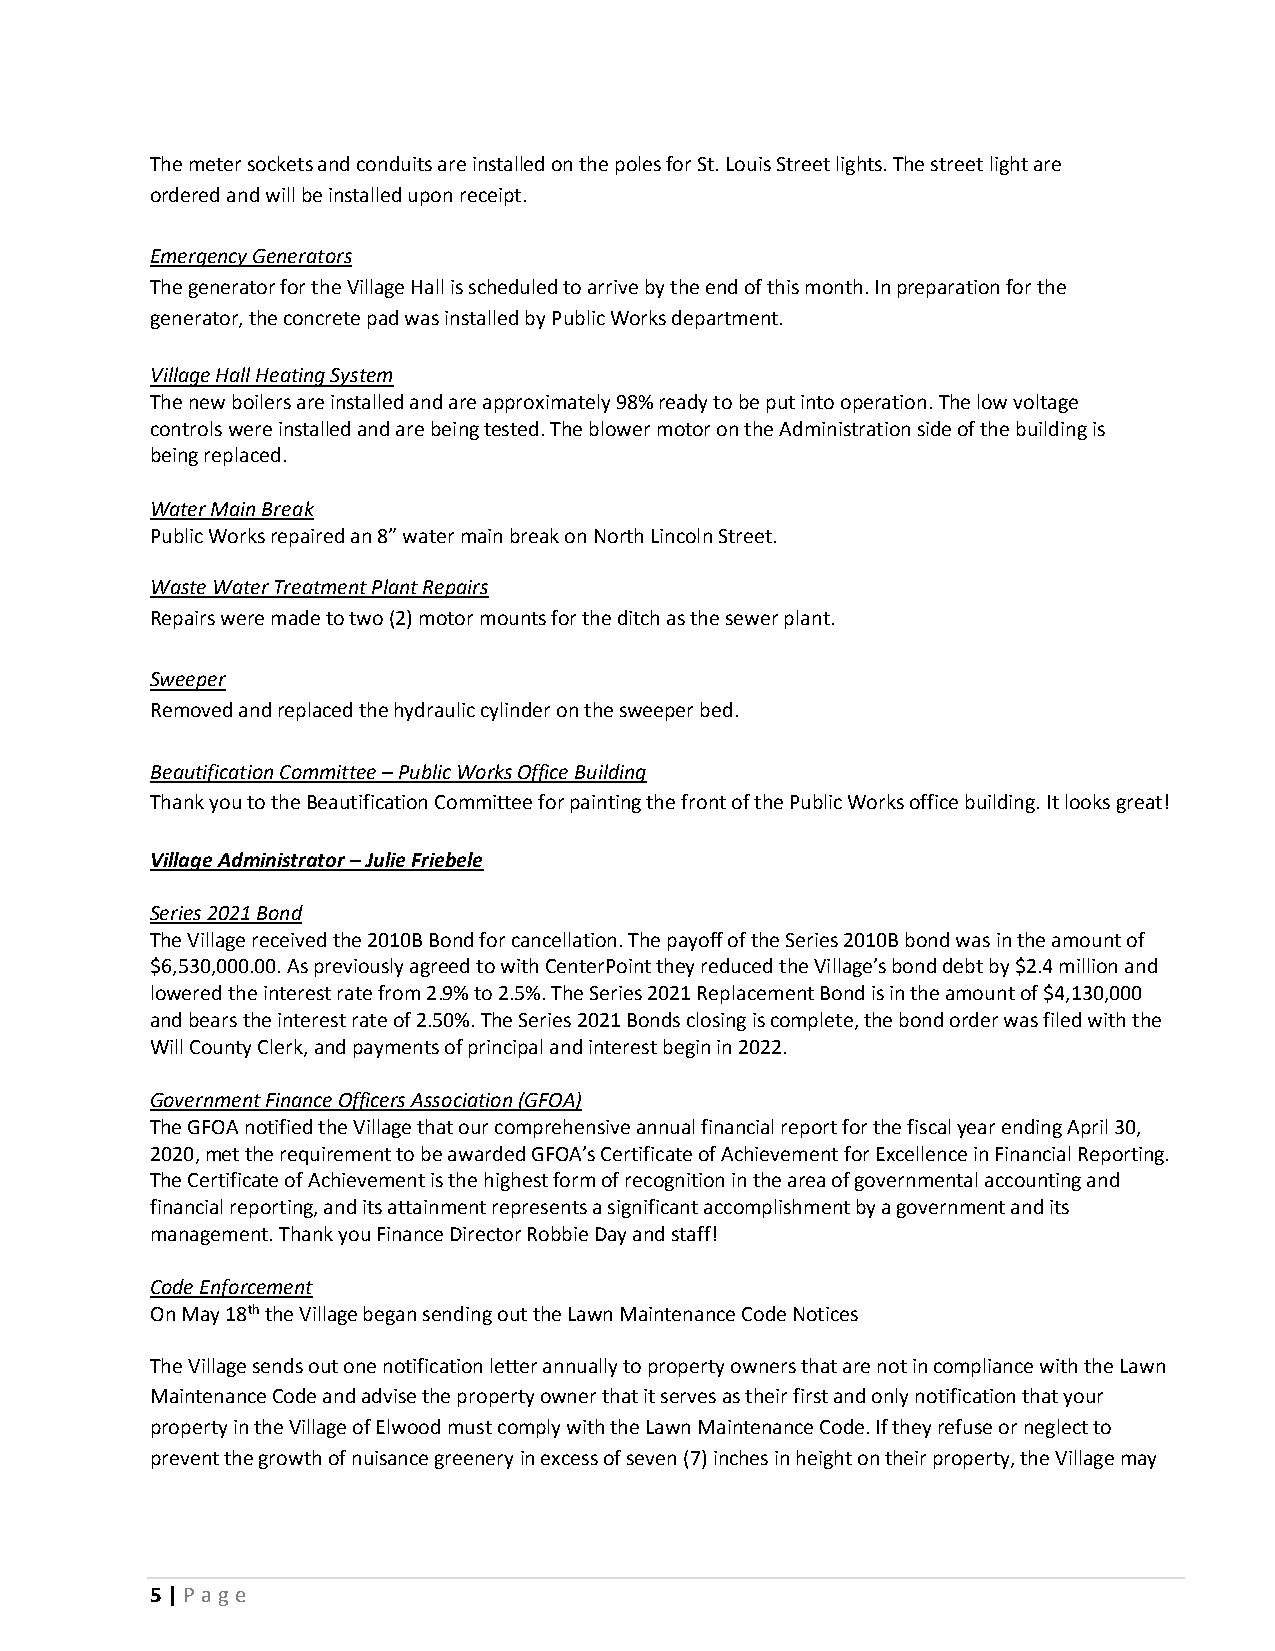
The meter sockets and conduits are installed on the poles for St. Louis Street lights. The street light are
 ordered and will be installed upon receipt.
 Emergency Generators
 The generator for the Village Hall is scheduled to arrive by the end of this month. In preparation for the
 generator, the concrete pad was installed by Public Works department.
 Village Hall Heating System
 The new boilers are installed and are approximately 98% ready to be put into operation. The low voltage
 controls were installed and are being tested. The blower motor on the Administration side of the building is
 being replaced.
 Water Main Break
 Public Works repaired an 8” water main break on North Lincoln Street.
 Waste Water Treatment Plant Repairs
 Repairs were made to two (2) motor mounts for the ditch as the sewer plant.
 Sweeper
 Removed and replaced the hydraulic cylinder on the sweeper bed.
 Beautification Committee – Public Works Office Building
 Thank you to the Beautification Committee for painting the front of the Public Works office building. It looks great!
 Village Administrator – Julie Friebele
 Series 2021 Bond
 The Village received the 2010B Bond for cancellation. The payoff of the Series 2010B bond was in the amount of
 $6,530,000.00. As previously agreed to with CenterPoint they reduced the Village’s bond debt by $2.4 million and
 lowered the interest rate from 2.9% to 2.5%. The Series 2021 Replacement Bond is in the amount of $4,130,000
 and bears the interest rate of 2.50%. The Series 2021 Bonds closing is complete, the bond order was filed with the
 Will County Clerk, and payments of principal and interest begin in 2022.
 Government Finance Officers Association (GFOA)
 The GFOA notified the Village that our comprehensive annual financial report for the fiscal year ending April 30,
 2020, met the requirement to be awarded GFOA’s Certificate of Achievement for Excellence in Financial Reporting.
 The Certificate of Achievement is the highest form of recognition in the area of governmental accounting and
 financial reporting, and its attainment represents a significant accomplishment by a government and its
 management. Thank you Finance Director Robbie Day and staff!
 Code Enforcement
 On May 18th the Village began sending out the Lawn Maintenance Code Notices
 The Village sends out one notification letter annually to property owners that are not in compliance with the Lawn
 Maintenance Code and advise the property owner that it serves as their first and only notification that your
 property in the Village of Elwood must comply with the Lawn Maintenance Code. If they refuse or neglect to
 prevent the growth of nuisance greenery in excess of seven (7) inches in height on their property, the Village may
 5 | P age